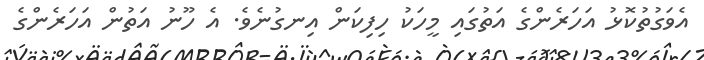
އެވަގުތުކޮޅު އަހަރެންގެ އަތުގައި މީހަކު ހިފިކަން އިނގުނެވެ. އެ ހޫނު އަތުން އަހަރެންގެ